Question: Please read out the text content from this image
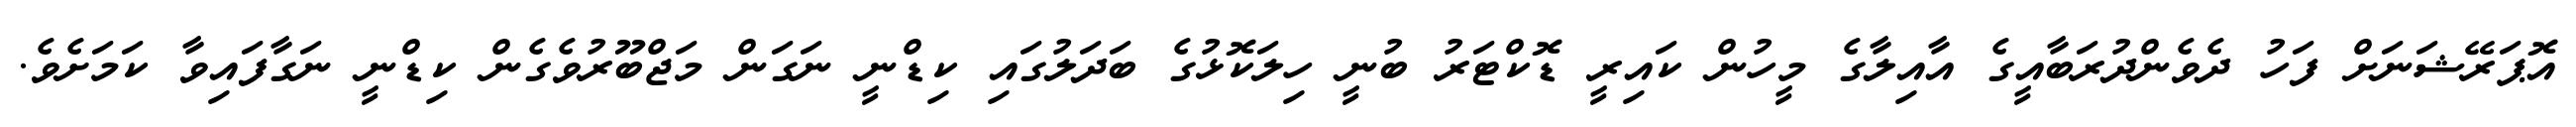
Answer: އޮޕަރޭޝަނަށް ފަހު ދެވެންދުރަބާއީގެ އާއިލާގެ މީހުން ކައިރީ ޑޮކްޓަރު ބުނީ ހިލަކޮޅުގެ ބަދަލުގައި ކިޑްނީ ނަގަން މަޖްބޫރުވެގެން ކިޑްނީ ނަގާފައިވާ ކަމަށެވެ.